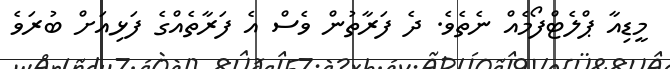
މީޑިއާ ޕްލެޓްފޯމެއް ނެތެވެ. ދެ ފަރާތުން ވެސް އެ ފަރާތެއްގެ ފަޅިއަށް ބުރަވެ